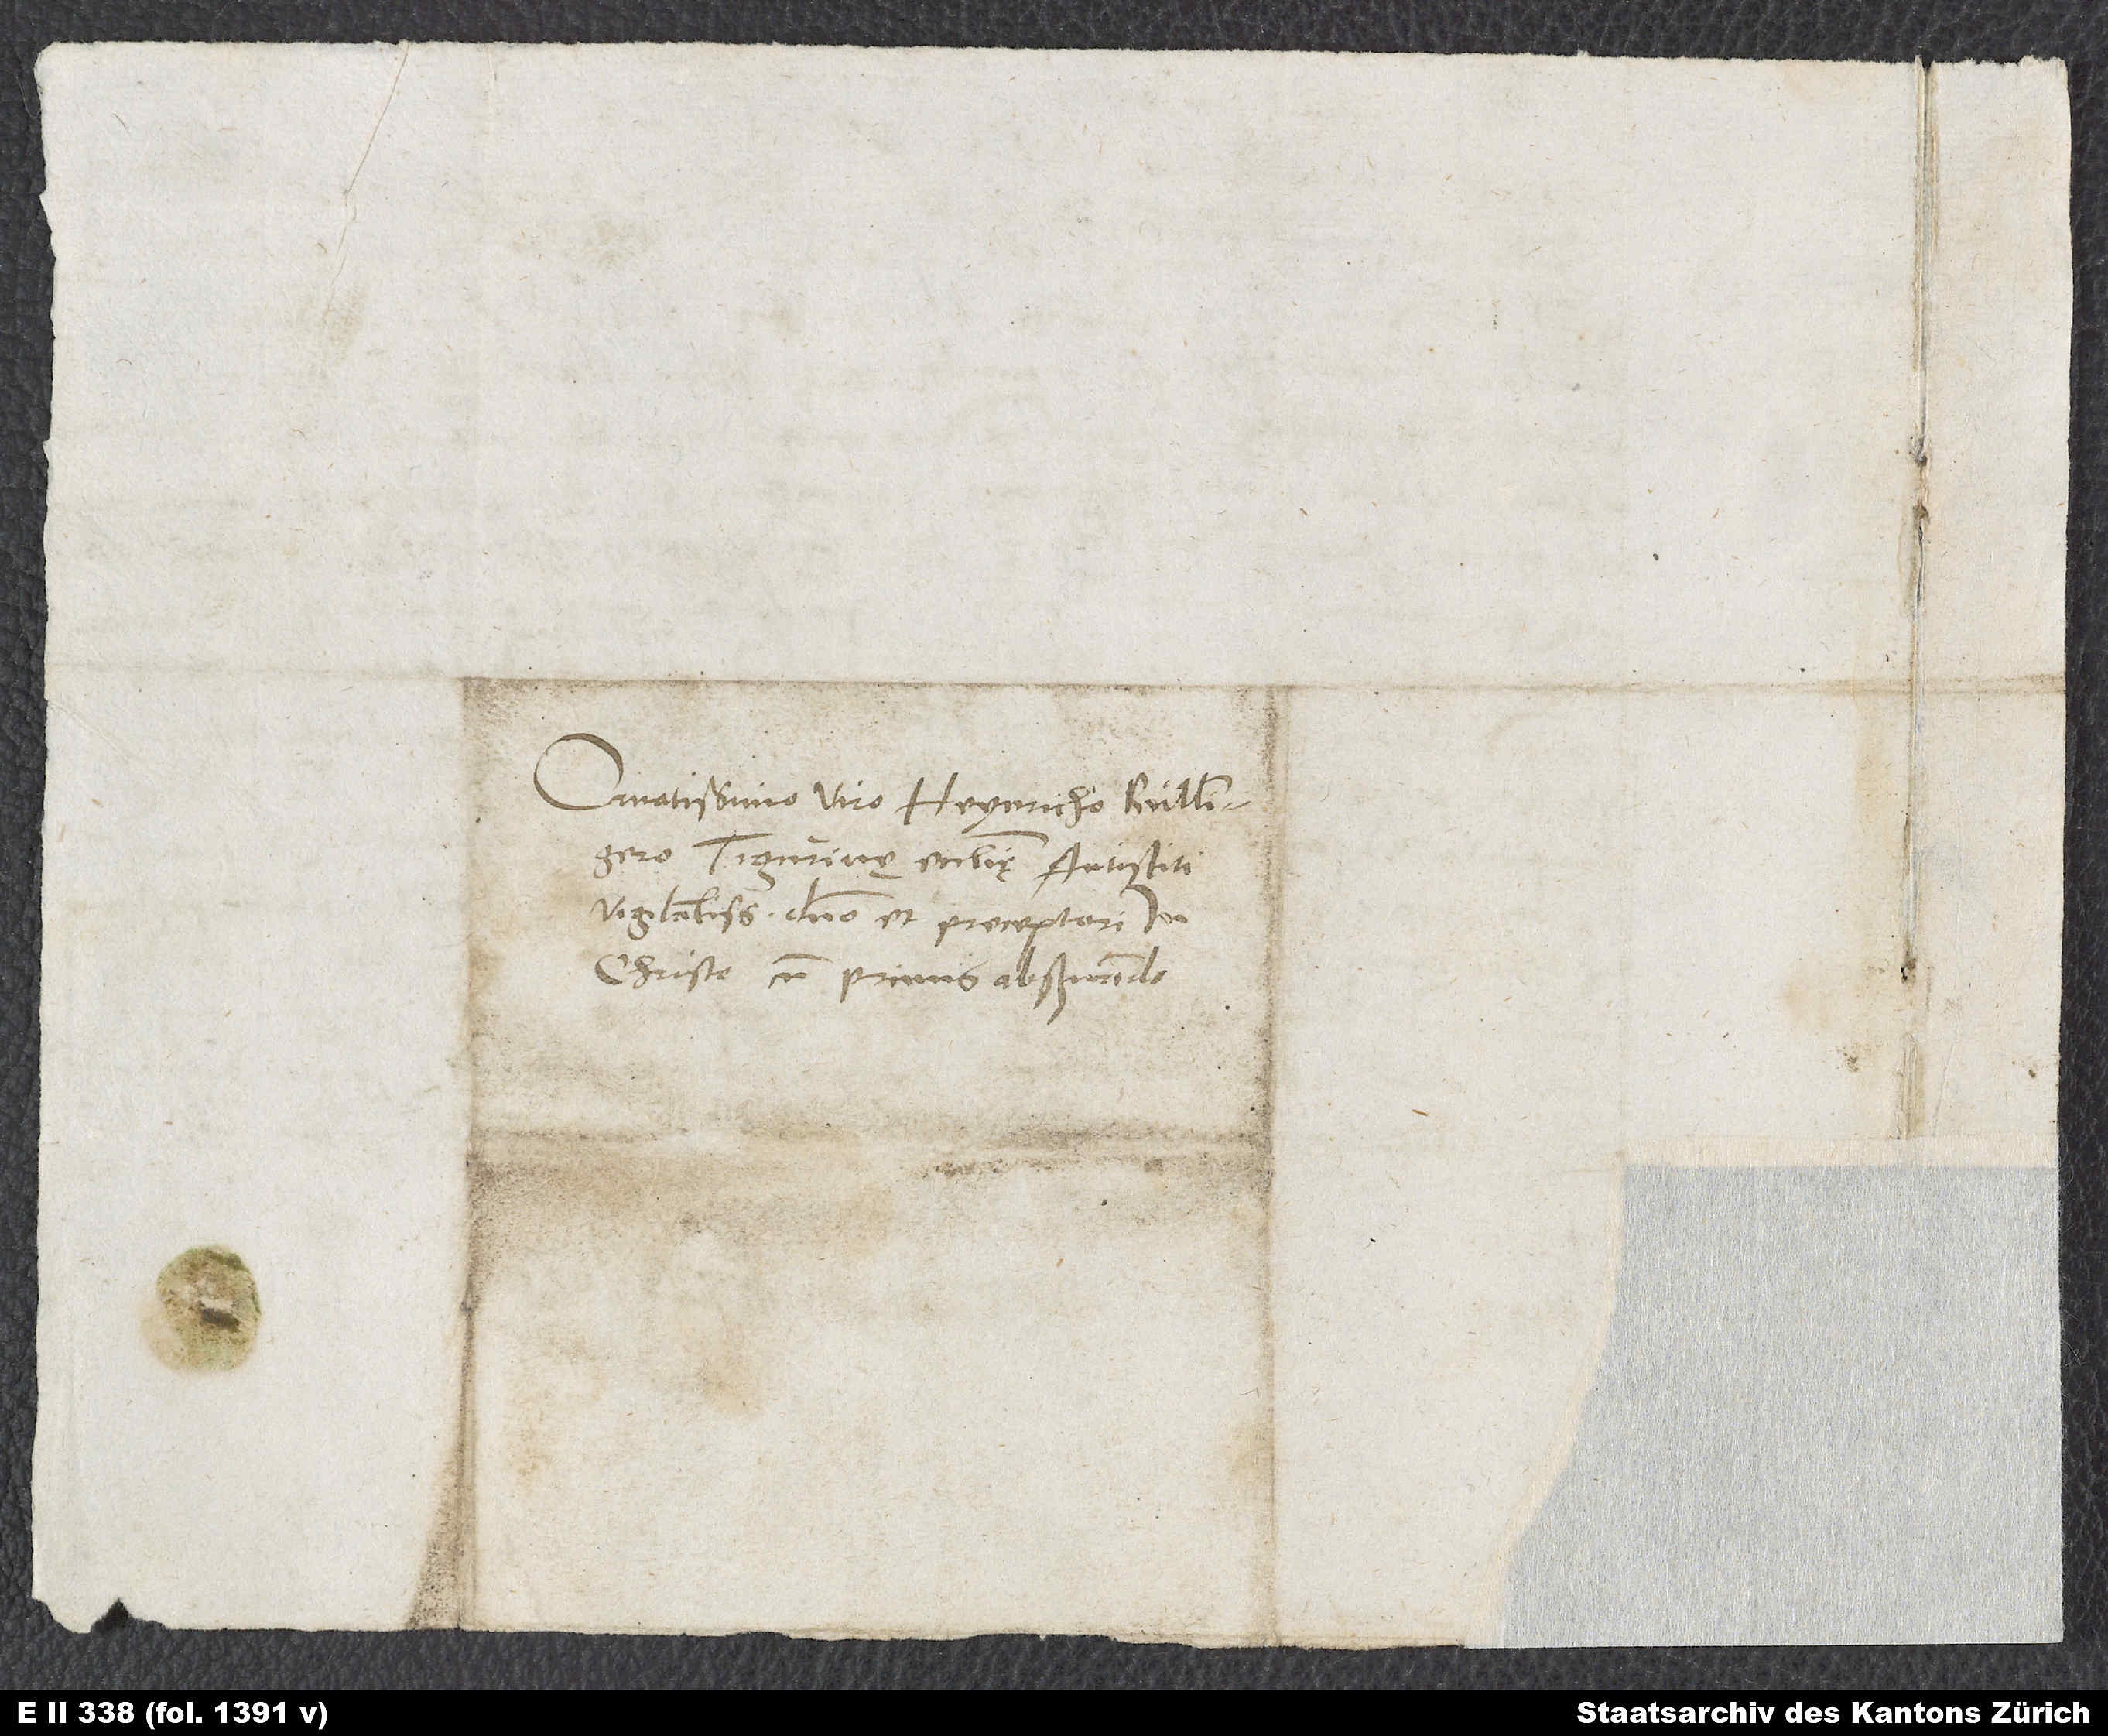
Ornatissimo viro Heynricho Bullingero,
Tigurinę ecclesię antistiti
vigilantissimo, domino et preceptori in
Christo cum primis observando.